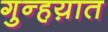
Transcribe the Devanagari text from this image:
गुन्हय़ात